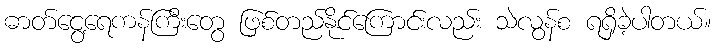
ဓာတ်ငွေ့ရေကန်ကြီးတွေ ဖြစ်တည်နိုင်ကြောင်းလည်း သဲလွန်စ ရရှိခဲ့ပါတယ်။